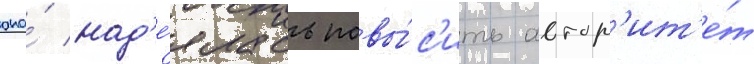
она́ над'е́ялась повы́с'ить автор'ит'е́т